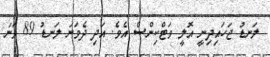
ލަނޑު ޖަހައިދިނީ އޮލީ ވަޓްކިންސް އެވެ. އަދި ދެވަނަ ލަނޑު 89 ވަނަ